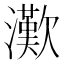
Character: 𤁤